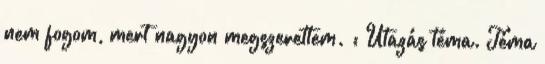
nem fogom, mert nagyon megszerettem. : Utazás téma. Téma